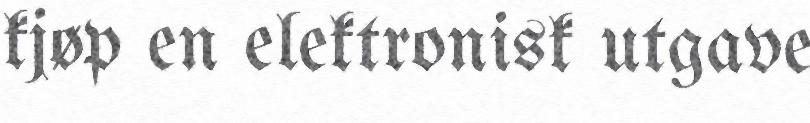
kjøp en elektronisk utgave